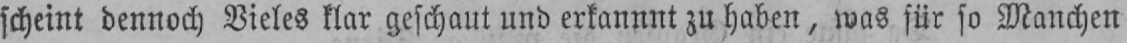
scheint dennoch Vieles klar geschaut und erkannnt zu haben, was für so Manchen